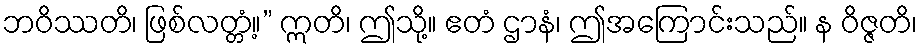
ဘဝိဿတိ၊ ဖြစ်လတ္တံ့။” ဣတိ၊ ဤသို့။ ဧတံ ဌာနံ၊ ဤအကြောင်းသည်။ န ဝိဇ္ဇတိ၊